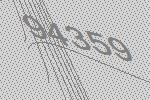
94359